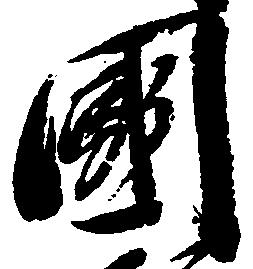
国